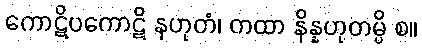
ကောဋိပကောဋိ နဟုတံ၊ တထာ နိန္နဟုတမ္ပိ စ။